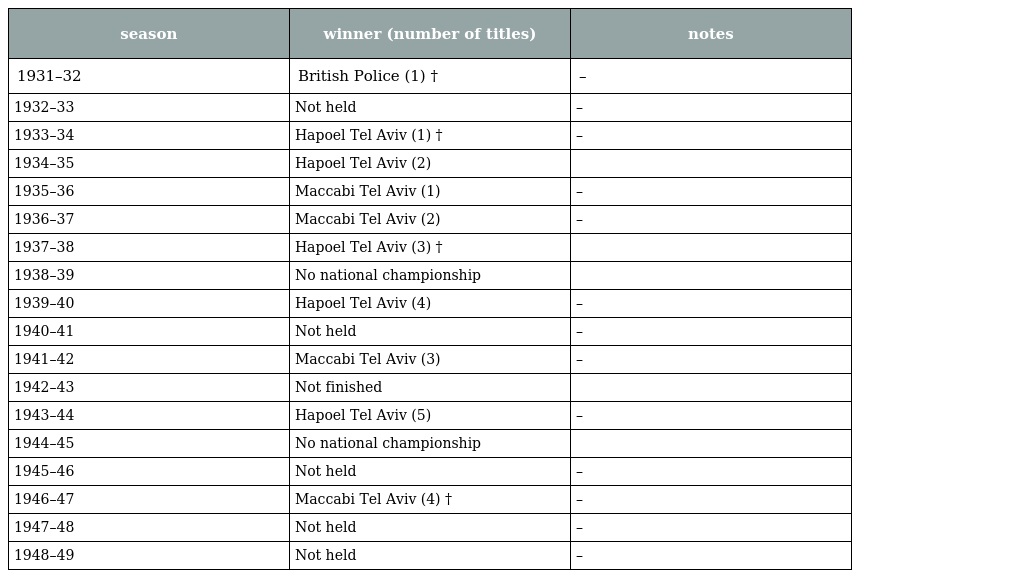
| season | winner (number of titles) | notes |
 | --- | --- | --- |
 | 1931–32 | British Police (1) † | – |
 | 1932–33 | Not held | – |
 | 1933–34 | Hapoel Tel Aviv (1) † | – |
 | 1934–35 | Hapoel Tel Aviv (2) |  |
 | 1935–36 | Maccabi Tel Aviv (1) | – |
 | 1936–37 | Maccabi Tel Aviv (2) | – |
 | 1937–38 | Hapoel Tel Aviv (3) † |  |
 | 1938–39 | No national championship |  |
 | 1939–40 | Hapoel Tel Aviv (4) | – |
 | 1940–41 | Not held | – |
 | 1941–42 | Maccabi Tel Aviv (3) | – |
 | 1942–43 | Not finished |  |
 | 1943–44 | Hapoel Tel Aviv (5) | – |
 | 1944–45 | No national championship |  |
 | 1945–46 | Not held | – |
 | 1946–47 | Maccabi Tel Aviv (4) † | – |
 | 1947–48 | Not held | – |
 | 1948–49 | Not held | – |